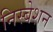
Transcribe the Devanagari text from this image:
निस्बेशन